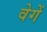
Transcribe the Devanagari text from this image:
वेगें